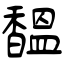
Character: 馧